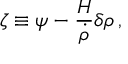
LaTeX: \zeta \equiv \psi - { \frac { H } { \dot { \rho } } } \delta \rho \, ,